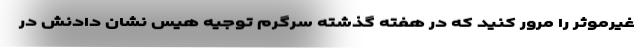
غیرموثر را مرور کنید که در هفته گذشته سرگرم توجیه هیس نشان دادنش در